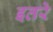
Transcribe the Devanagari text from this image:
इतरे